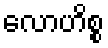
လောဟိစ္စ